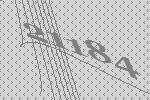
21184